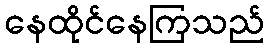
နေထိုင်နေကြသည်